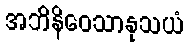
အဘိနိဝေသာနုသယံ